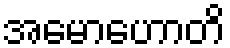
အမောဟောတိ